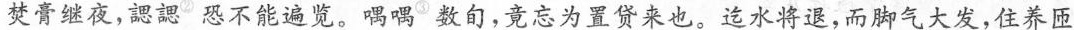
焚膏继夜，勰勰^{②} 恐不能遍览。喁喁^{③} 数旬，竟忘为置贷来也。迄水将退，而脚气大发，住养匝